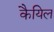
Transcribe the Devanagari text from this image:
कैयिल